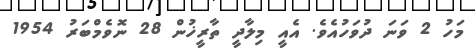
މަހު 2 ވަނަ ދުވަހުއެވެ. އެއީ މިލާދީ ތާރީޚުން 28 ނޮވެމްބަރު 1954